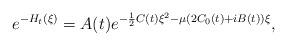
LaTeX: \begin{align*} e^{-H_t(\xi)}=A(t)e^{-\frac{1}{2}C(t)\xi^2-\mu(2C_0(t)+iB(t))\xi}, \end{align*}